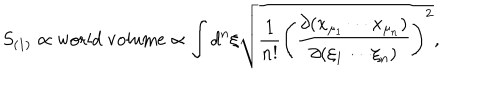
LaTeX: S _ { ( 1 ) } \propto \mathrm { w o r l d ~ v o l u m e } \propto \int d ^ { n } \xi \sqrt { \frac { 1 } { n ! } \left( \frac { \partial ( x _ { \mu _ { 1 } } \cdots x _ { \mu _ { n } } ) } { \partial ( \xi _ { 1 } \cdots \xi _ { n } ) } \right) ^ { 2 } } ,